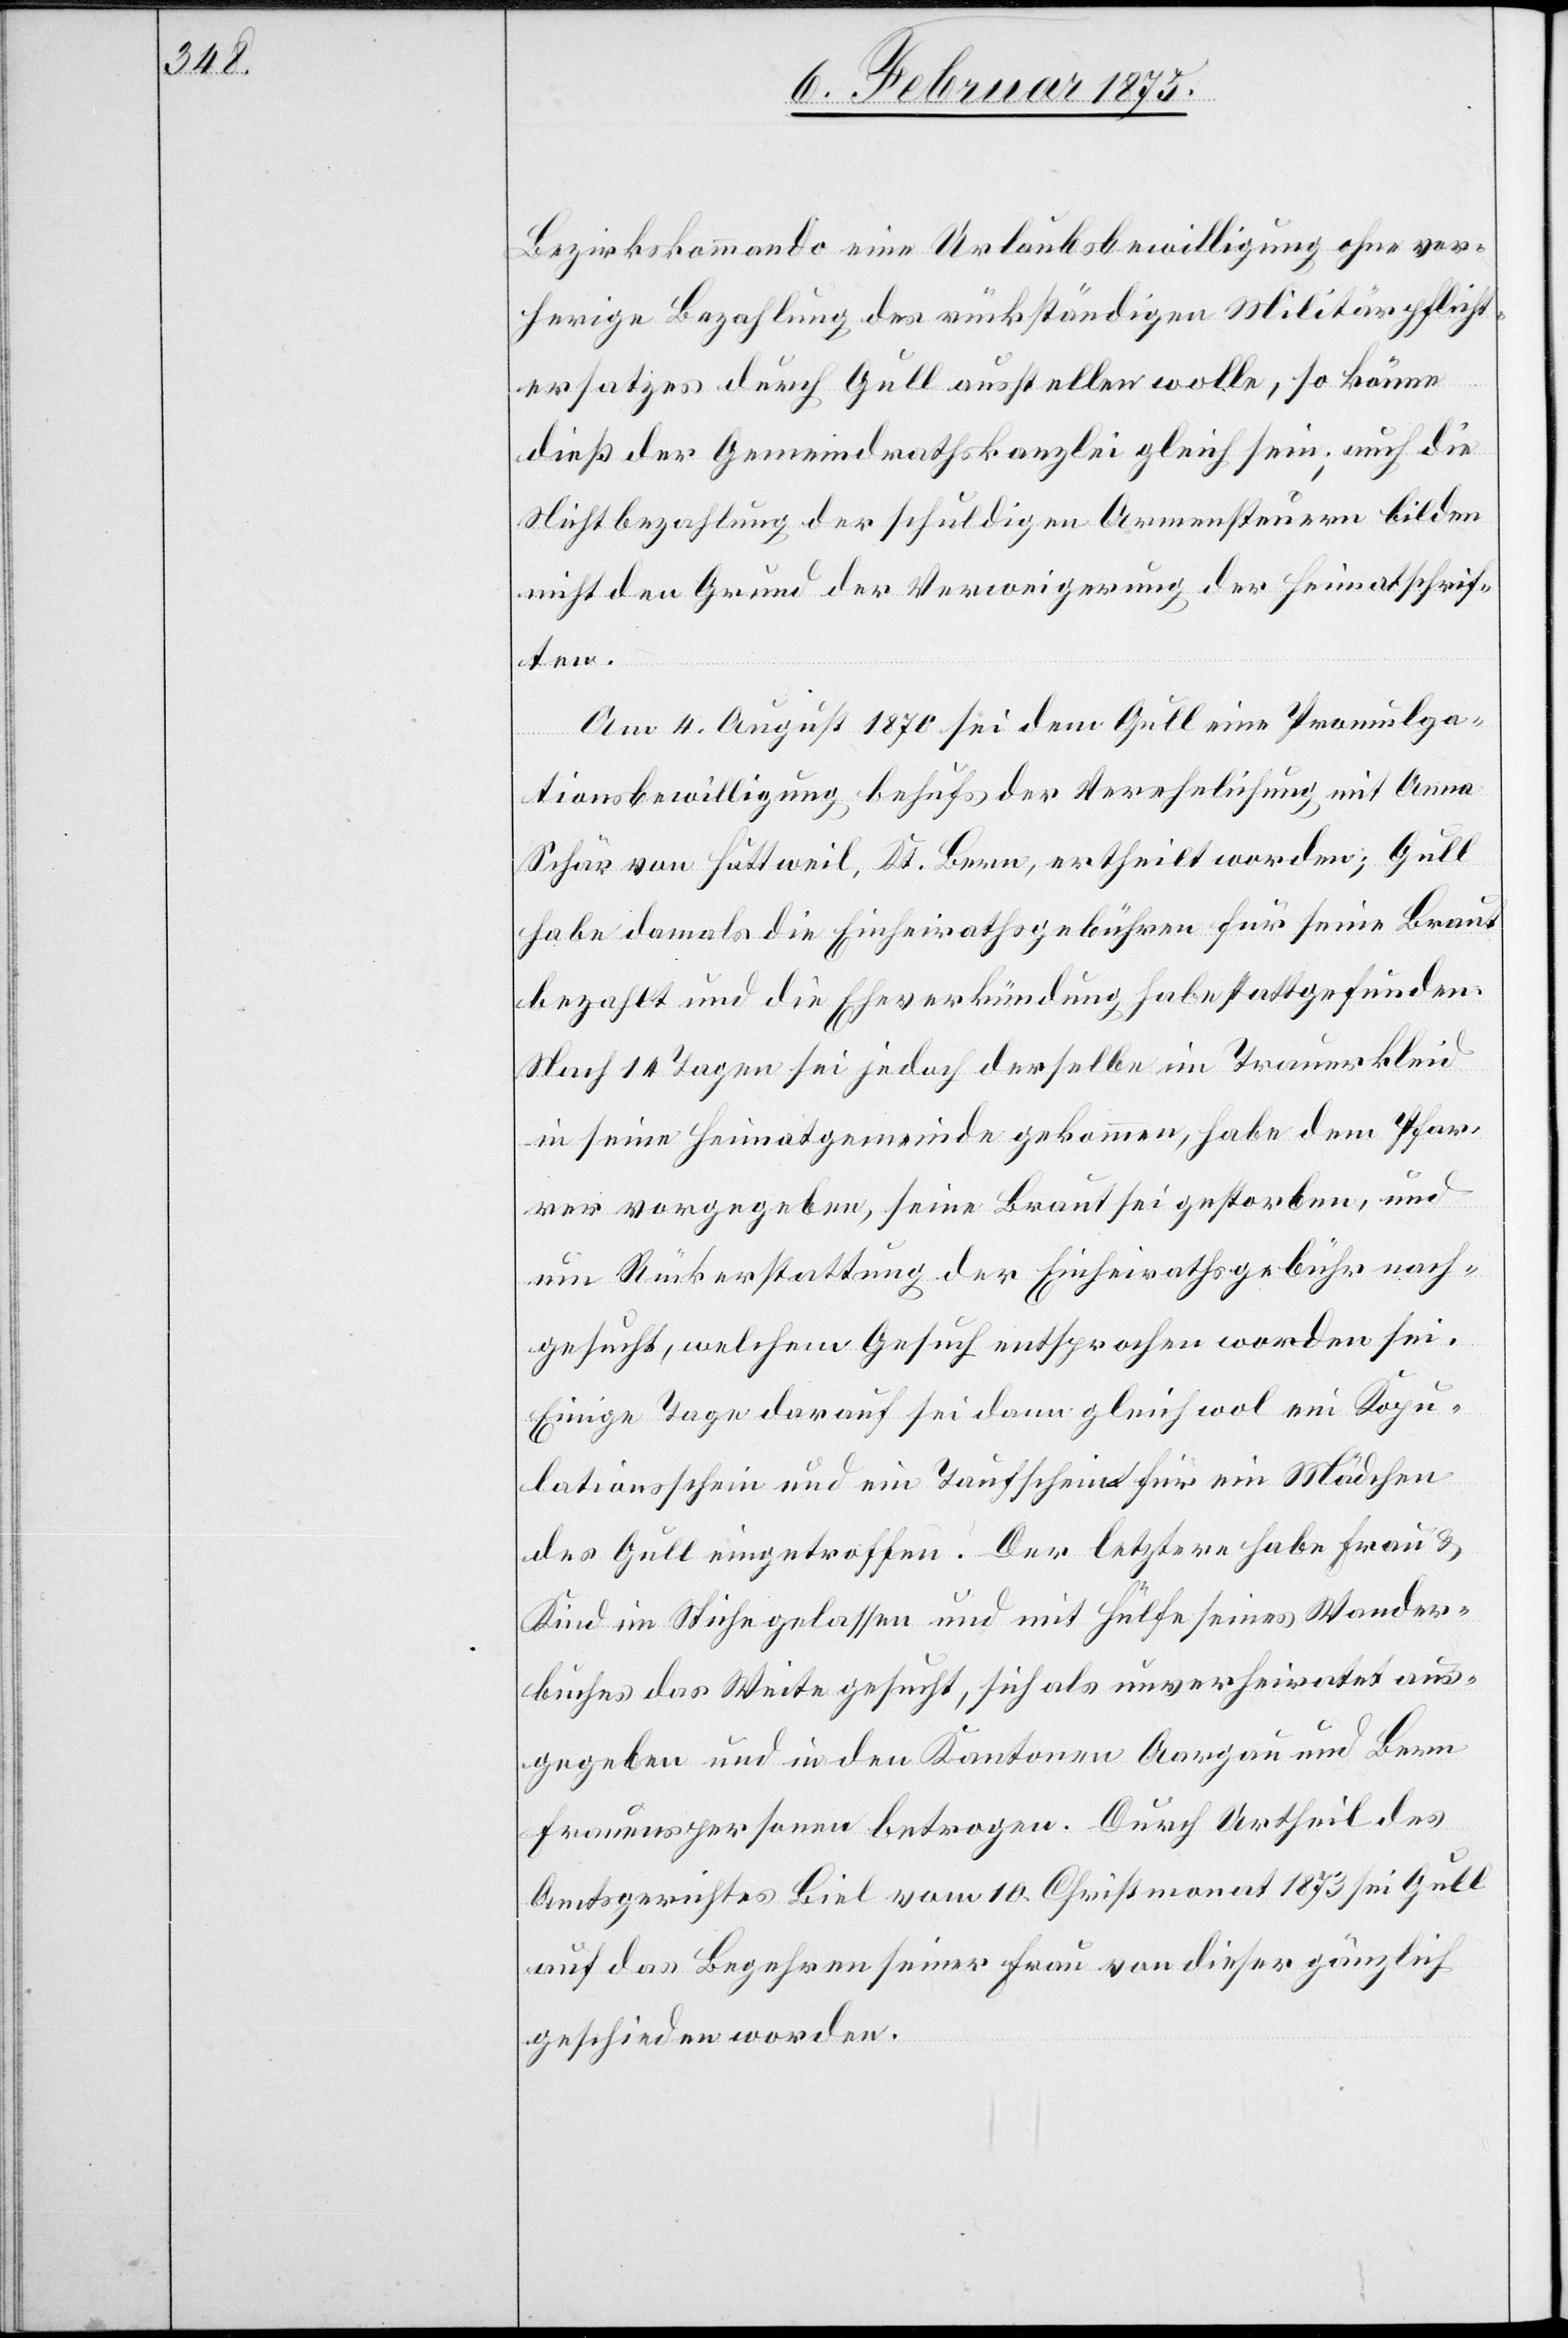
Bezirkskommando eine Urlaubsbewilligung ohne vor¬
herige Bezahlung des rückständigen Militärpflicht¬
ersatzes durch Gull ausstellen wolle, so könne
dieß der Gemeindrathskanzlei gleich sein; auch die
Nichtbezahlung der schuldigen Armensteuern bilden
nicht den Grund der Verweigerung der Heimatschrif¬
ten.
Am 4. August 1870 sei dem Gull eine Promulga¬
tionsbewilligung behufs der Verehelichung mit Anna
Schär von Huttweil, Kt. Bern, ertheilt worden; Gull
habe damals die Einheirathsgebühren für seine Braut
bezahlt und die Eheverkündung habe stattgefunden.
Nach 14 Tagen sei jedoch derselbe im Trauerkleid
in seine Heimatsgemeinde gekommen, habe dem Pfar¬
rer vorgegeben, seine Braut sei gestorben, und
um Rückerstattung der Einheirathsgebühren nach¬
gesucht, welchem Gesuch entsprochen worden sei.
Einige Tage drauf sei dann gleich wol ein Kopu¬
lationsschein und ein Taufschein für ein Mädchen
des Gull eingetroffen. Der letztere habe Frau &
Kind im Stiche gelassen und mit Hülfe seines Wander¬
buches das Weite gesucht, sich als unverheiratet aus¬
geben und in den Kantonen Aargau und Bern
Frauenspersonen betrogen. Durch Urtheil des
Amtsgerichtes Biel vom 10. Christmonat 1873 sei Gull
auf das Begehren seiner Frau von dieser gänzlich
geschieden worden.